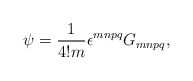
\begin{align*}\psi = \frac{1}{4!m}\epsilon^{mnpq}G_{mnpq},\end{align*}